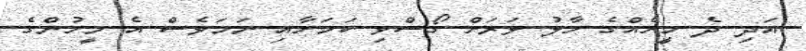
އަދި ދެ މީހެއްގެ ހާލު ވަރަށް ގޯސްވި ކަމަށާއި ނަމަވެސް އެ މީހުންގެ